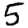
Digit: 5